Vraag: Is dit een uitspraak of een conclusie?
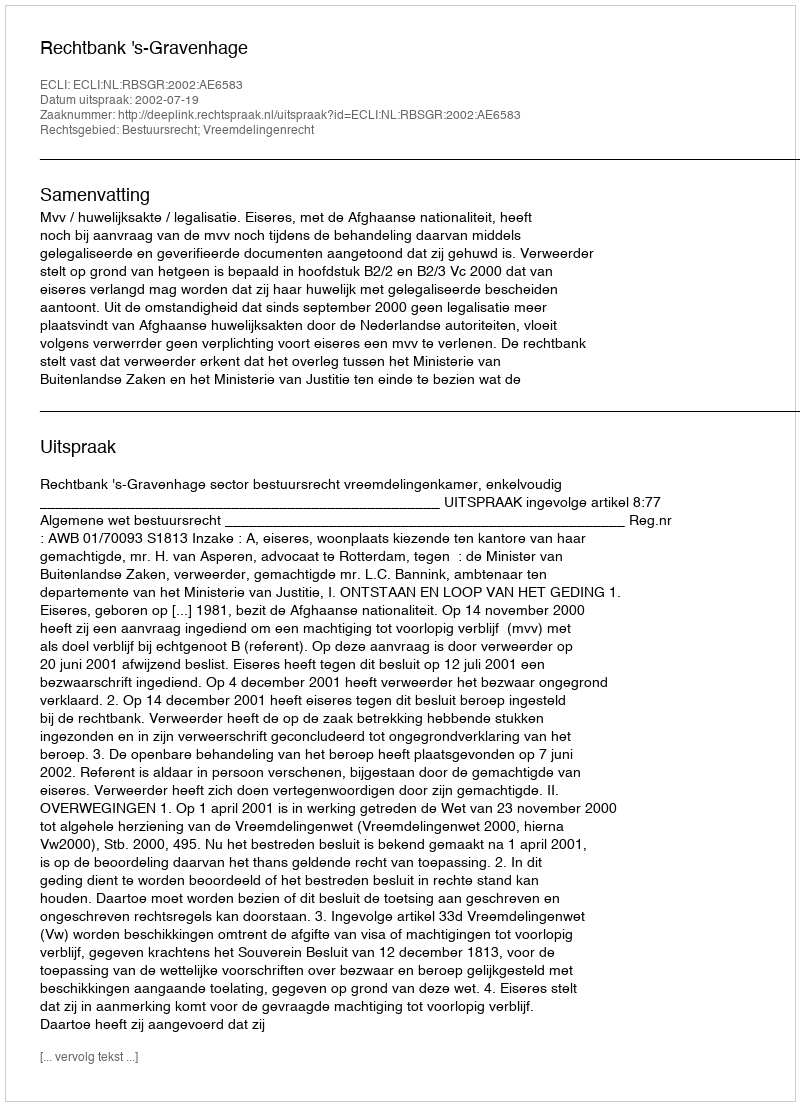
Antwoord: Uitspraak